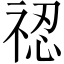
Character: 𥚆